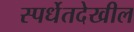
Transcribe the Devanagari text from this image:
स्पर्धेतदेखील